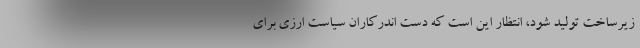
زیرساخت تولید شود، انتظار این است که دست اندرکاران سیاست ارزی برای